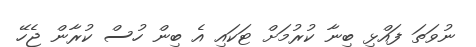
ނުވަތަ ފައްޅި ބިނާ ކުރުމަށް ޓަކައި އެ ބިން ހުސް ކުރާން ޖެހޭ